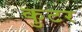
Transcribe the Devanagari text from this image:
कुटर